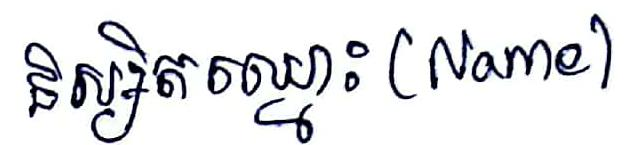
និស្សិតឈ្មោះ (Name)